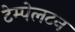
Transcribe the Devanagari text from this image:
टेम्पेलटन